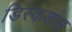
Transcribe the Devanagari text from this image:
डिस्कशंस